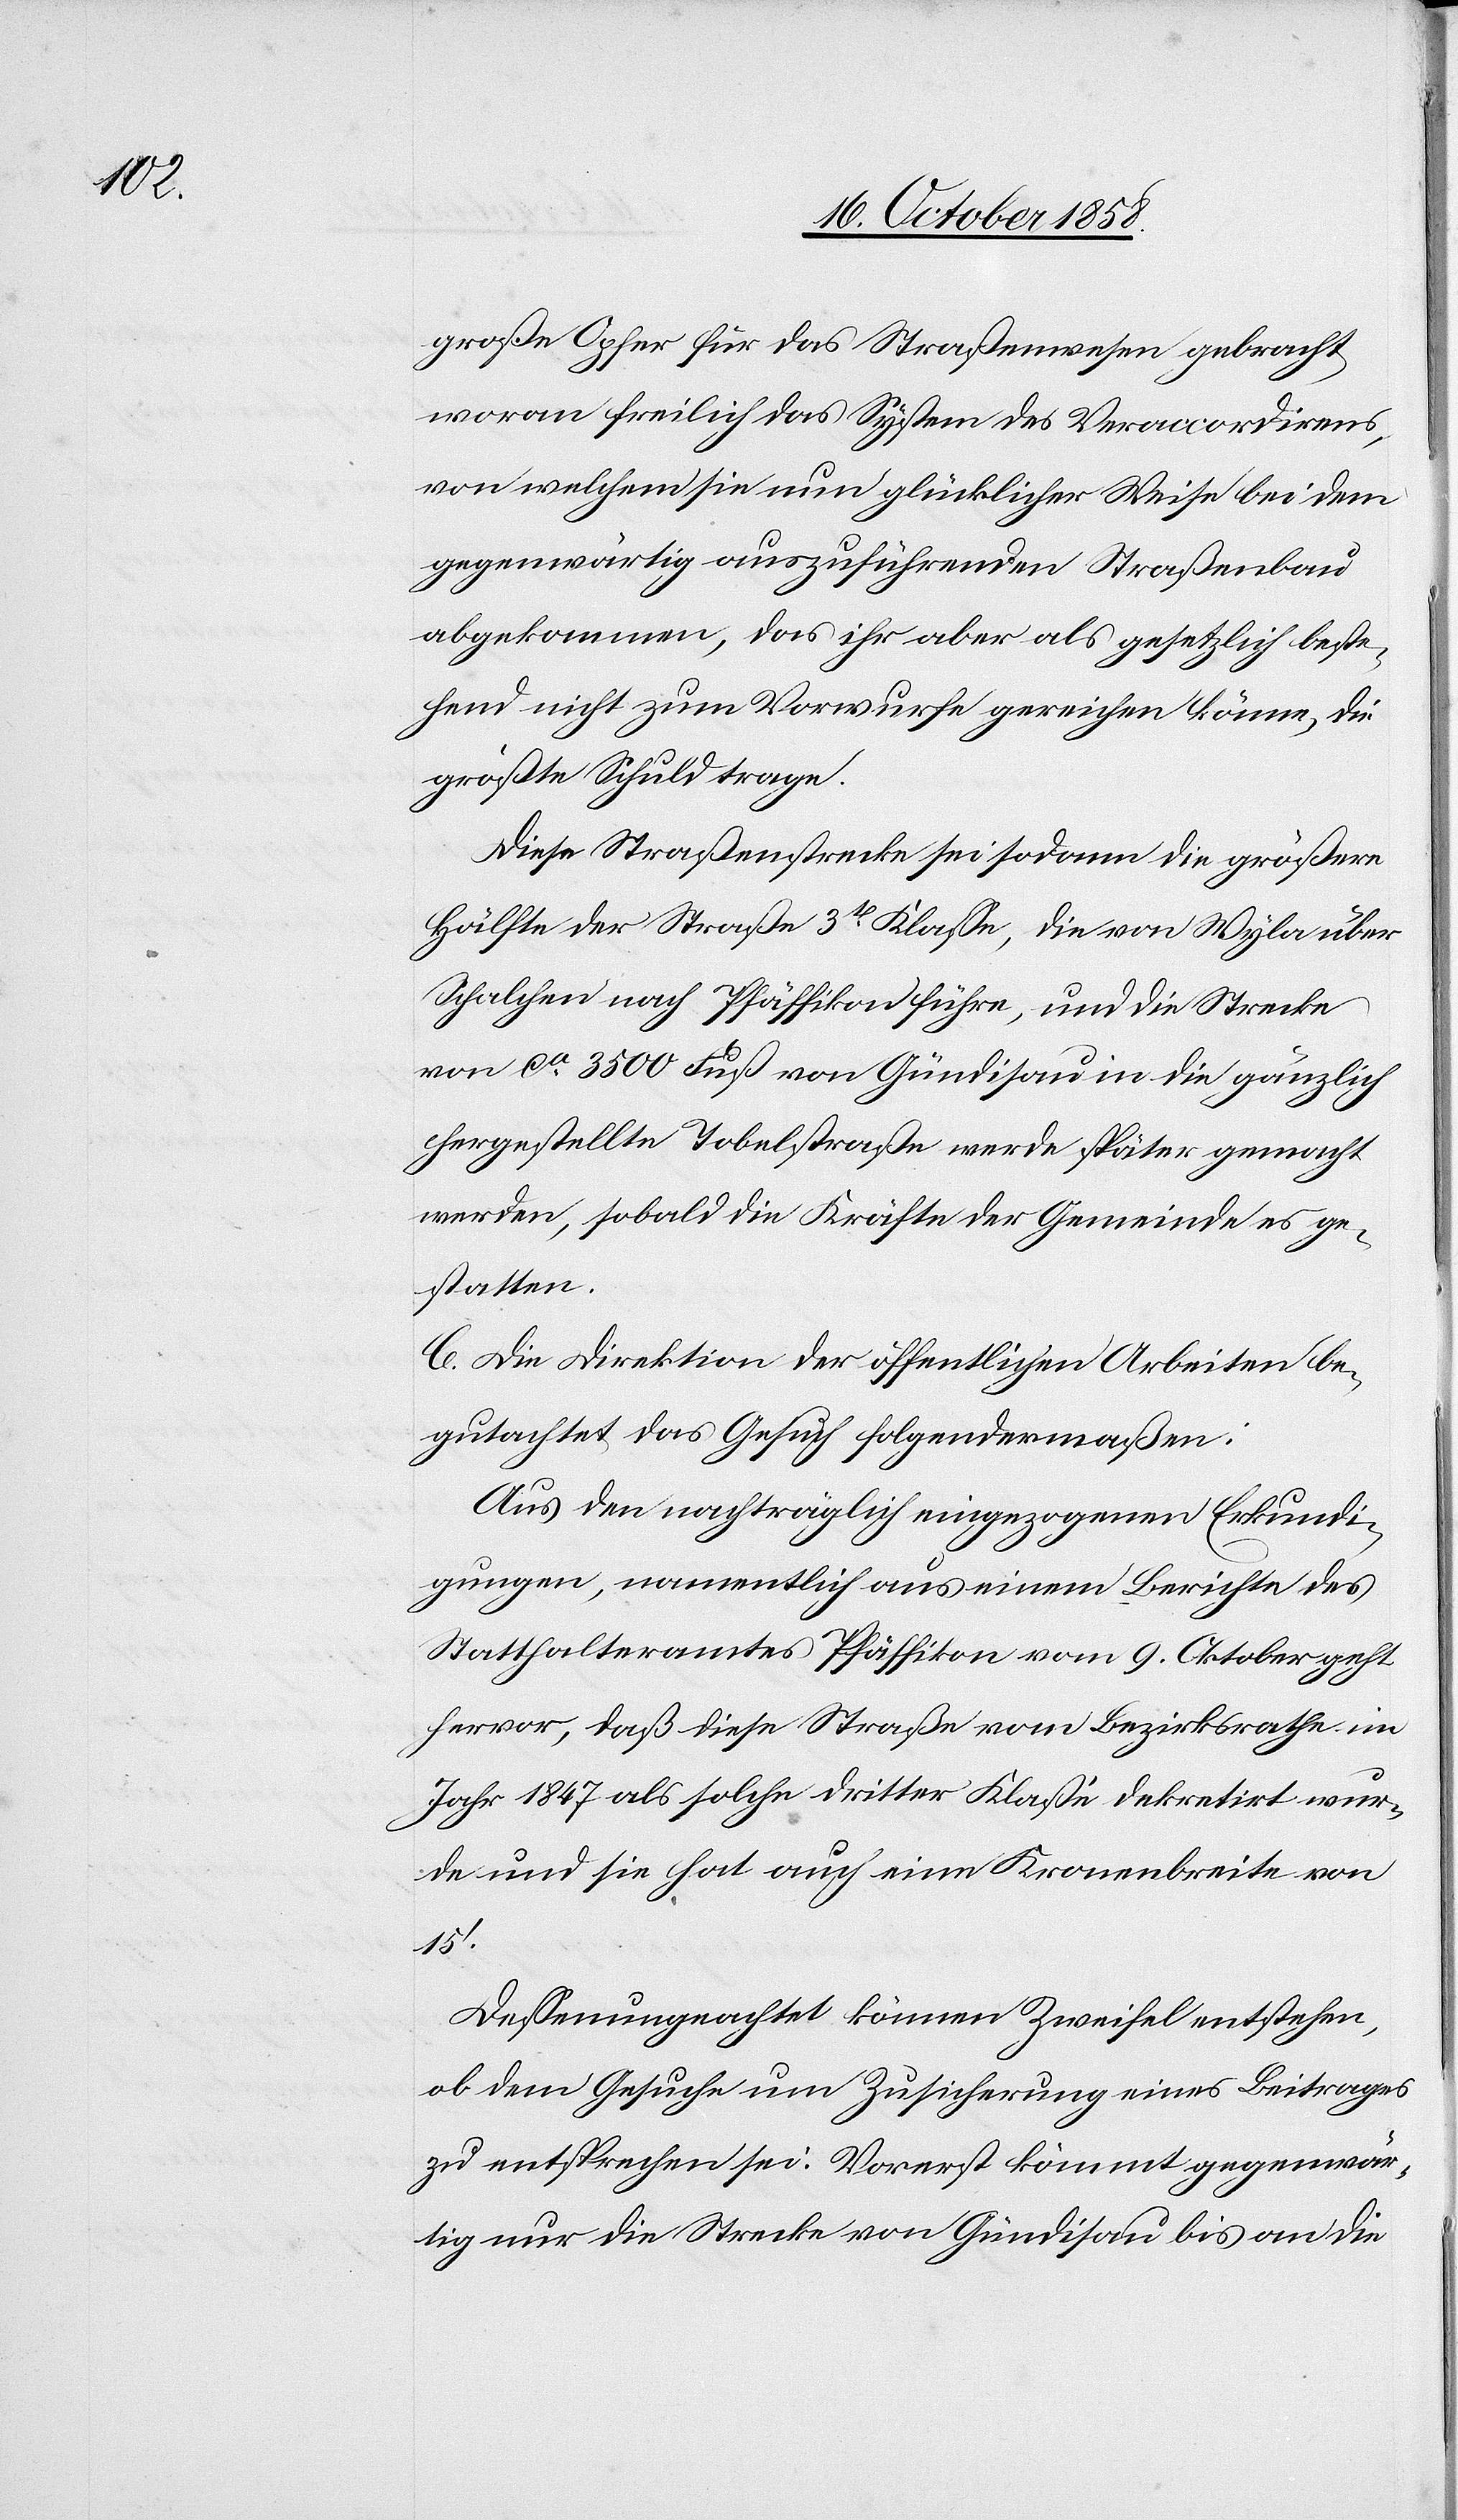
große Opfer für das Straßenwesen gebracht
woran freilich das System des Veraccordirens,
von welchem sie nun glücklicher Weise bei dem
gegenwärtig auszuführenden Straßenbau
abgekommen, das ihr aber als gesetzlich beste¬
hend nicht zum Vorwurfe gereichen könne, die
größte Schuld trage.
Diese Straßenstrecke sei sodann die größere
Hälfte der Straße 3t. Klasse, die von Wyla über
Schalchen nach Pfäffikon führe, und die Strecke
von ca. 3500 Fuß nach Gündisau in die gänzlich
hergestellte Tobelstraße werde später gemacht
werden, sobald die Kräfte der Gemeinde es ge¬
statten.
C. Die Direktion der öffentlichen Arbeiten be¬
gutachtet das Gesuch folgendermaßen:
Aus den nachträglich eingezogenen Erkundi¬
gungen, namentlich aus einem Berichte des
Statthalteramtes Pfäffikon vom 9. Oktober geht
hervor, daß diese Straße vom Bezirksrathe im
Jahr 1847 als solche dritter Klasse dekretirt wur¬
de und sie hat auch eine Kronenbreite von
15‘.
Dessenungeachtet können Zweifel entstehen,
ob dem Gesuche um Zusicherung eines Beitrages
zu entsprechen sei. Vorerst kömmt gegenwär¬
tig nur die Strecke von Gündisau bis an die